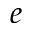
e